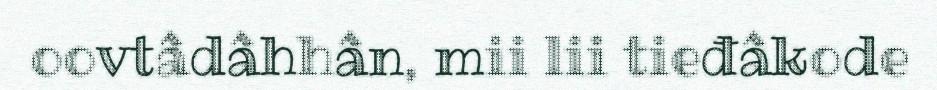
oovtâdâhhân, mii lii tieđâkode